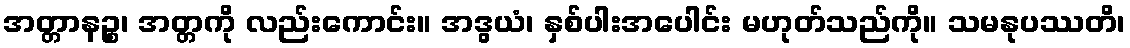
အတ္တာနဉ္စ၊ အတ္တကို လည်းကောင်း။ အဒွယံ၊ နှစ်ပါးအပေါင်း မဟုတ်သည်ကို။ သမနုပဿတိ၊